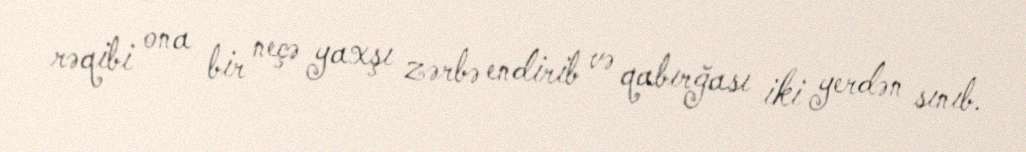
rəqibi ona bir neçə yaxşı zərbə endirib və qabırğası iki yerdən sınıb.